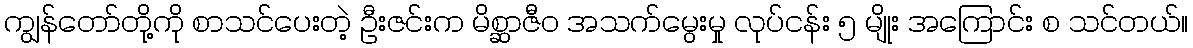
ကျွန်တော်တို့ကို စာသင်ပေးတဲ့ ဦးဇင်းက မိစ္ဆာဇီဝ အသက်မွေးမှု လုပ်ငန်း ၅ မျိုး အကြောင်း စ သင်တယ်။